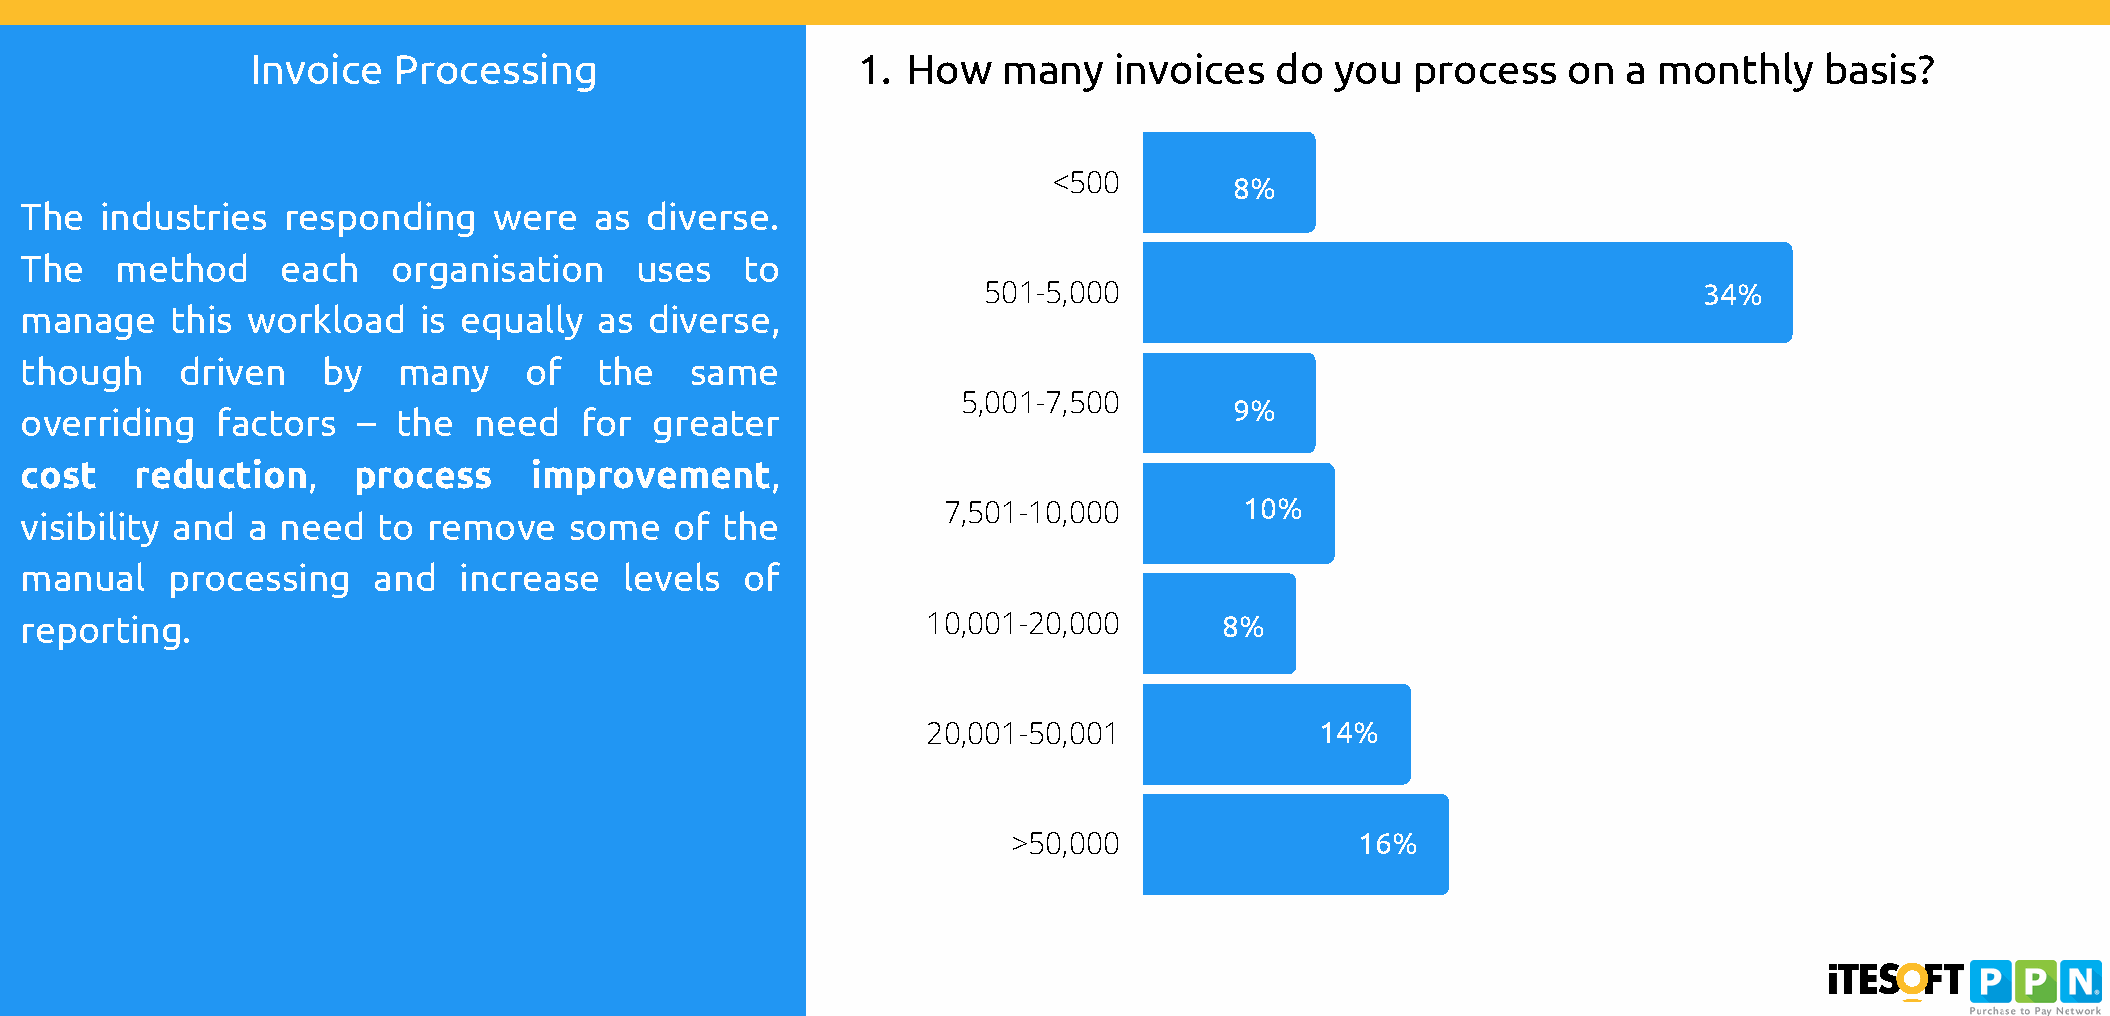
Invoice  Processing                     1. How   many    invoices  do  you  process    on  a monthly    basis?
 <500        8%
 The   industries  responding    were  as  diverse.
 The    method     each   organisation    uses   to
 501-5,000                                       34%
 manage    this workload    is equally  as diverse,
 though     driven   by   many     of   the   same
 5,001-7,500       9%
 overriding   factors   – the  need   for  greater
 cost    reduction,    process     improvement,
 10%
 7,501-10,000
 visibility and a need   to remove    some   of the
 manual    processing    and  increase   levels  of
 reporting.                                                  10,001-20,000       8%
 20,001-50,001             14%
 >50,000                16%
 0%          10%          20%          30%         40%